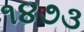
૧૪૭૩